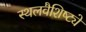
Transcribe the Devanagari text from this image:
स्थलवैशिष्ट्ये